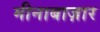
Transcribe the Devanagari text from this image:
मीनाबाज़ार